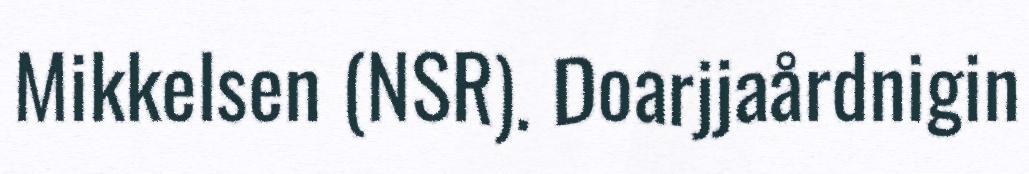
Mikkelsen (NSR). Doarjjaårdnigin